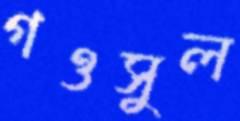
গওসুল